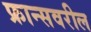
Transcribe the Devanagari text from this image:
फ्रान्सवरील